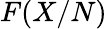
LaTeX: F(X/N)